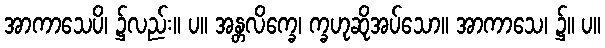
အာကာသေပိ၊ ၌လည်း။ ပ။ အန္တလိက္ခေ၊ က္ခဟုဆိုအပ်သော။ အာကာသေ၊ ၌။ ပ။